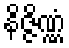
နိဇ္ဇိဏ္ဏံ